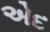
એદ